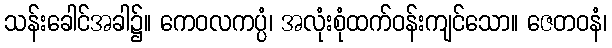
သန်းခေါင်အခါ၌။ ကေဝလကပ္ပံ၊ အလုံးစုံထက်ဝန်းကျင်သော။ ဇေတဝနံ၊